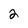
Character: 2